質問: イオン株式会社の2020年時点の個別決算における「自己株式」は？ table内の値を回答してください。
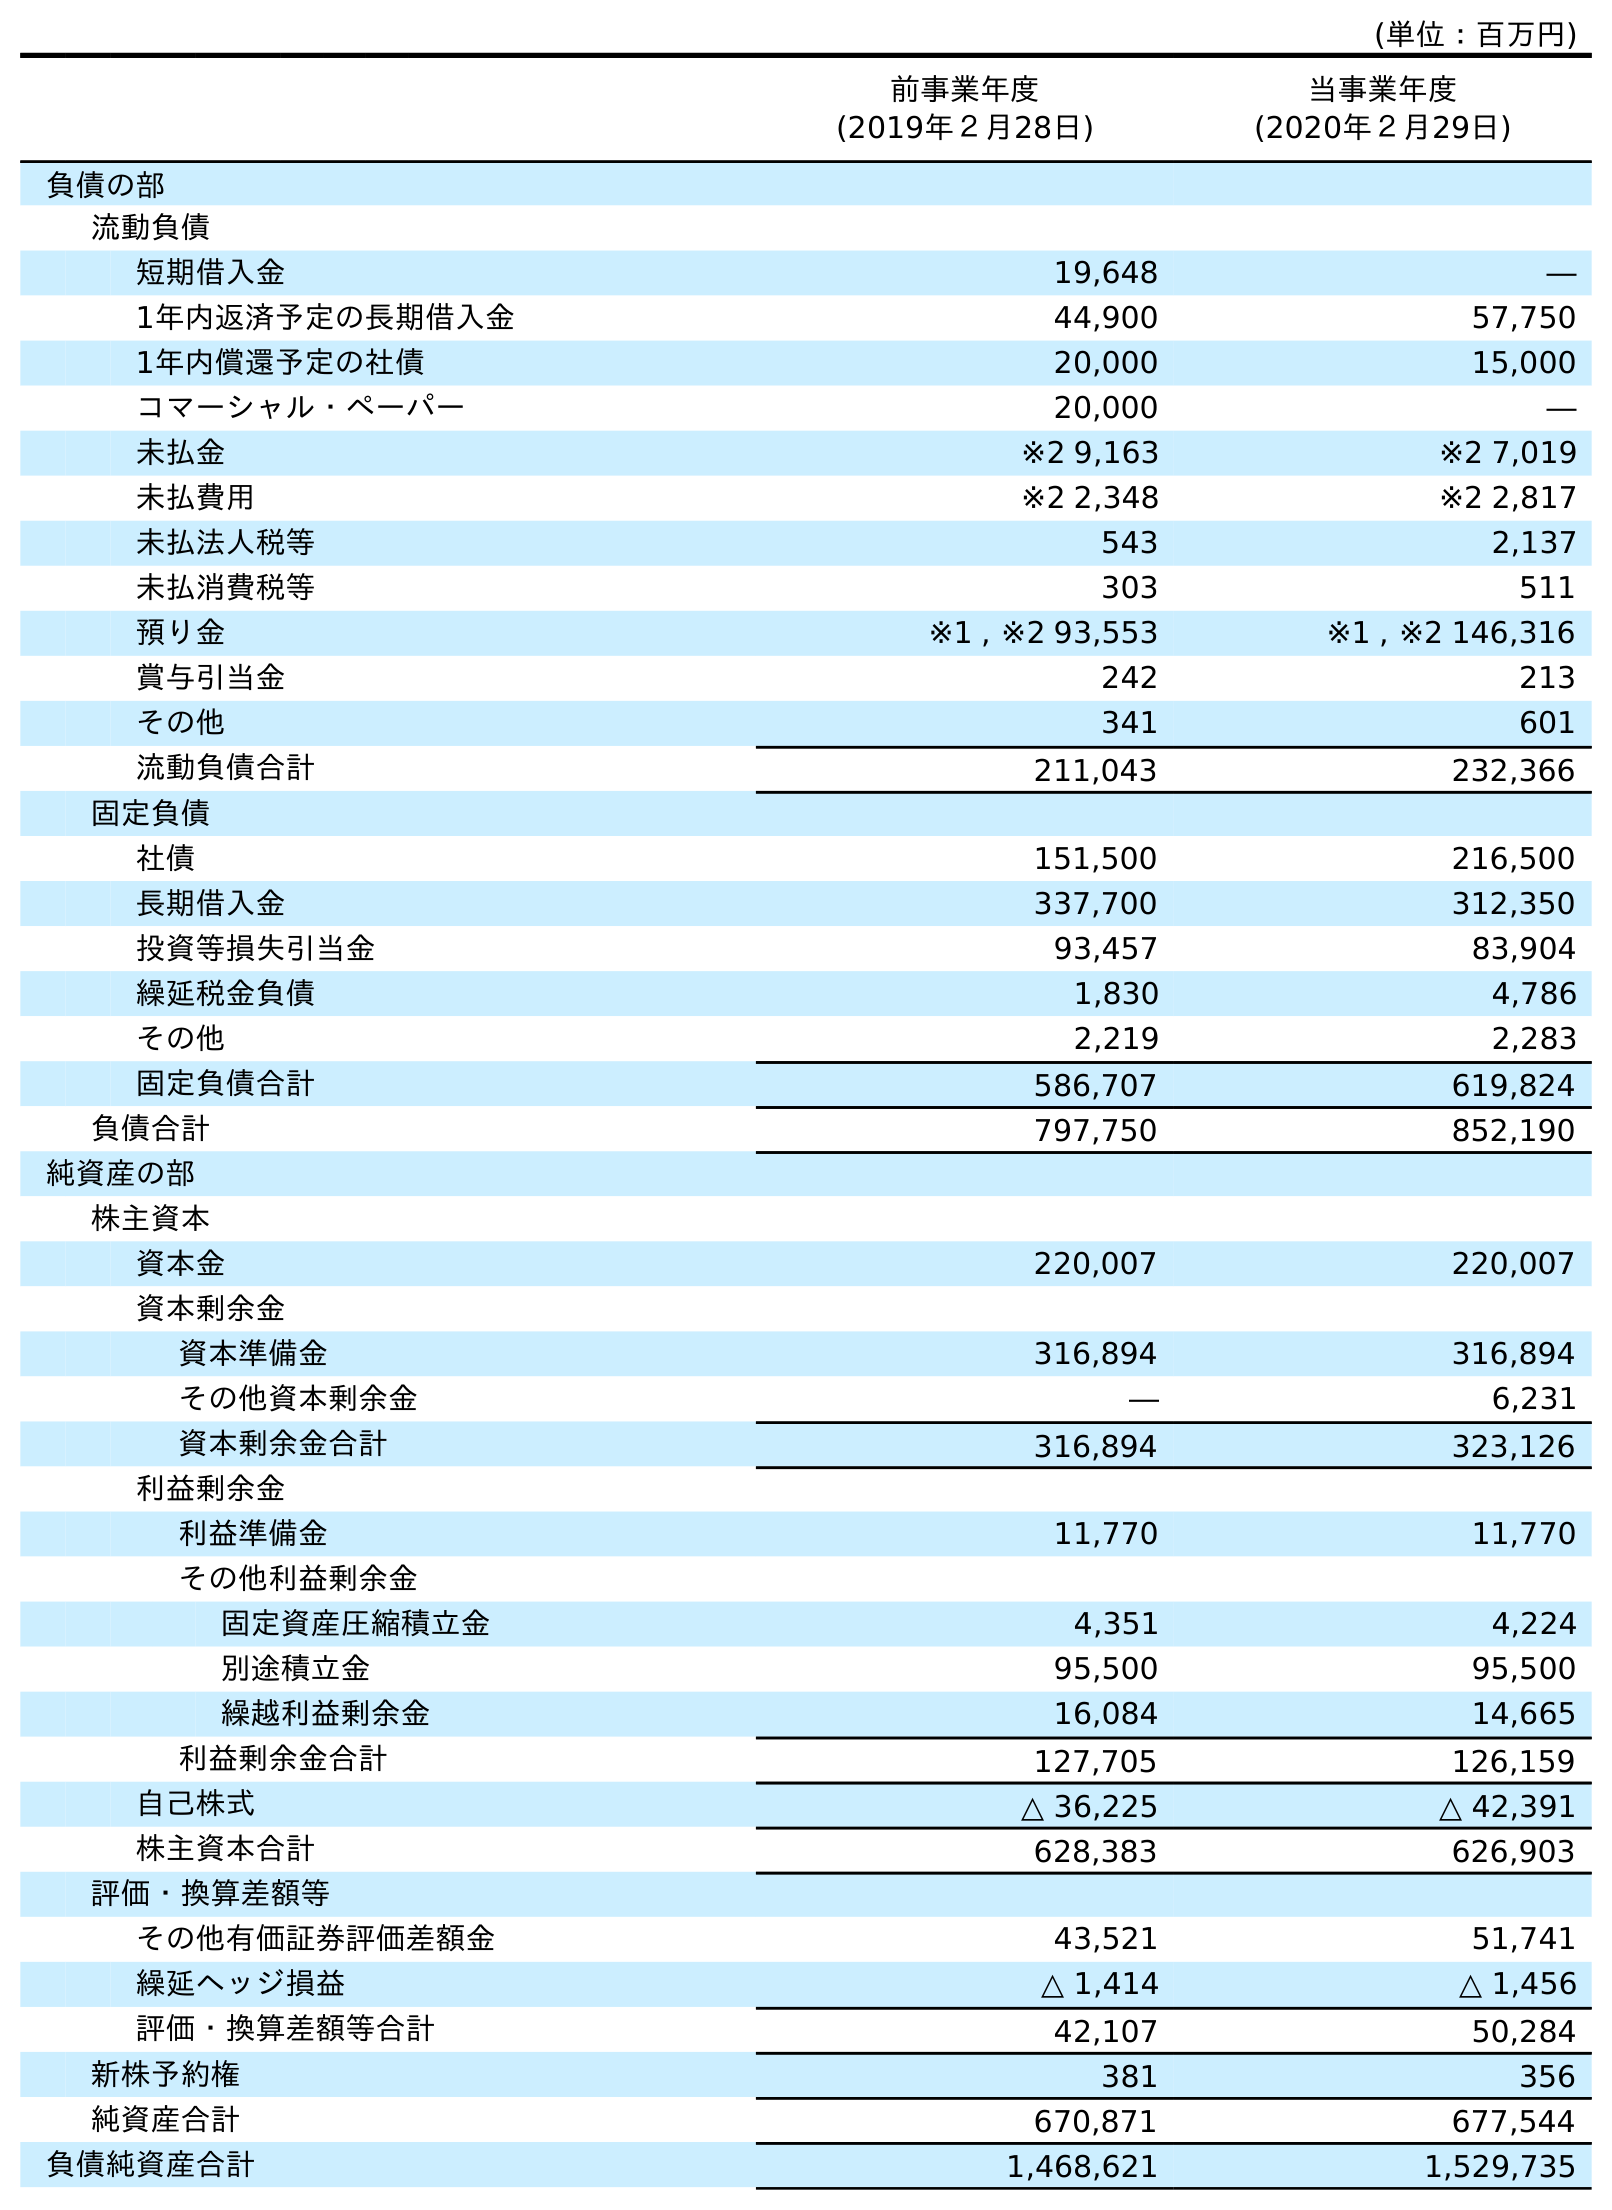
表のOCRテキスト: (単位：百万円) 前事業年度 (2019年２月28日) 当事業年度 (2020年２月29日) 負債の部 流動負債 短期借入金 19,648 ― 1年内返済予定の長期借入金 44,900 57,750 1年内償還予定の社債 20,000 15,000 コマーシャル・ペーパー 20,000 ― 未払金 ※2 9,163 ※2 7,019 未払費用 ※2 2,348 ※2 2,817 未払法人税等 543 2,137 未払消費税等 303 511 預り金 ※1 , ※2 93,553 ※1 , ※2 146,316 賞与引当金 242 213 その他 341 601 流動負債合計 211,043 232,366 固定負債 社債 151,500 216,500 長期借入金 337,700 312,350 投資等損失引当金 93,457 83,904 繰延税金負債 1,830 4,786 その他 2,219 2,283 固定負債合計 586,707 619,824 負債合計 797,750 852,190 純資産の部 株主資本 資本金 220,007 220,007 資本剰余金 資本準備金 316,894 316,894 その他資本剰余金 ― 6,231 資本剰余金合計 316,894 323,126 利益剰余金 利益準備金 11,770 11,770 その他利益剰余金 固定資産圧縮積立金 4,351 4,224 別途積立金 95,500 95,500 繰越利益剰余金 16,084 14,665 利益剰余金合計 127,705 126,159 自己株式 △ 36,225 △ 42,391 株主資本合計 628,383 626,903 評価・換算差額等 その他有価証券評価差額金 43,521 51,741 繰延ヘッジ損益 △ 1,414 △ 1,456 評価・換算差額等合計 42,107 50,284 新株予約権 381 356 純資産合計 670,871 677,544 負債純資産合計 1,468,621 1,529,735
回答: △42,391